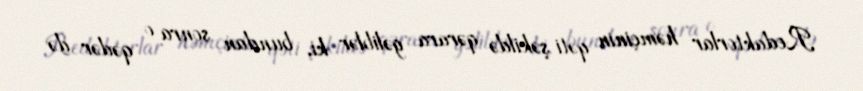
Redaktorlar həmçinin qəti şəkildə qərara gəliblər ki, bundan sonra o qədər də